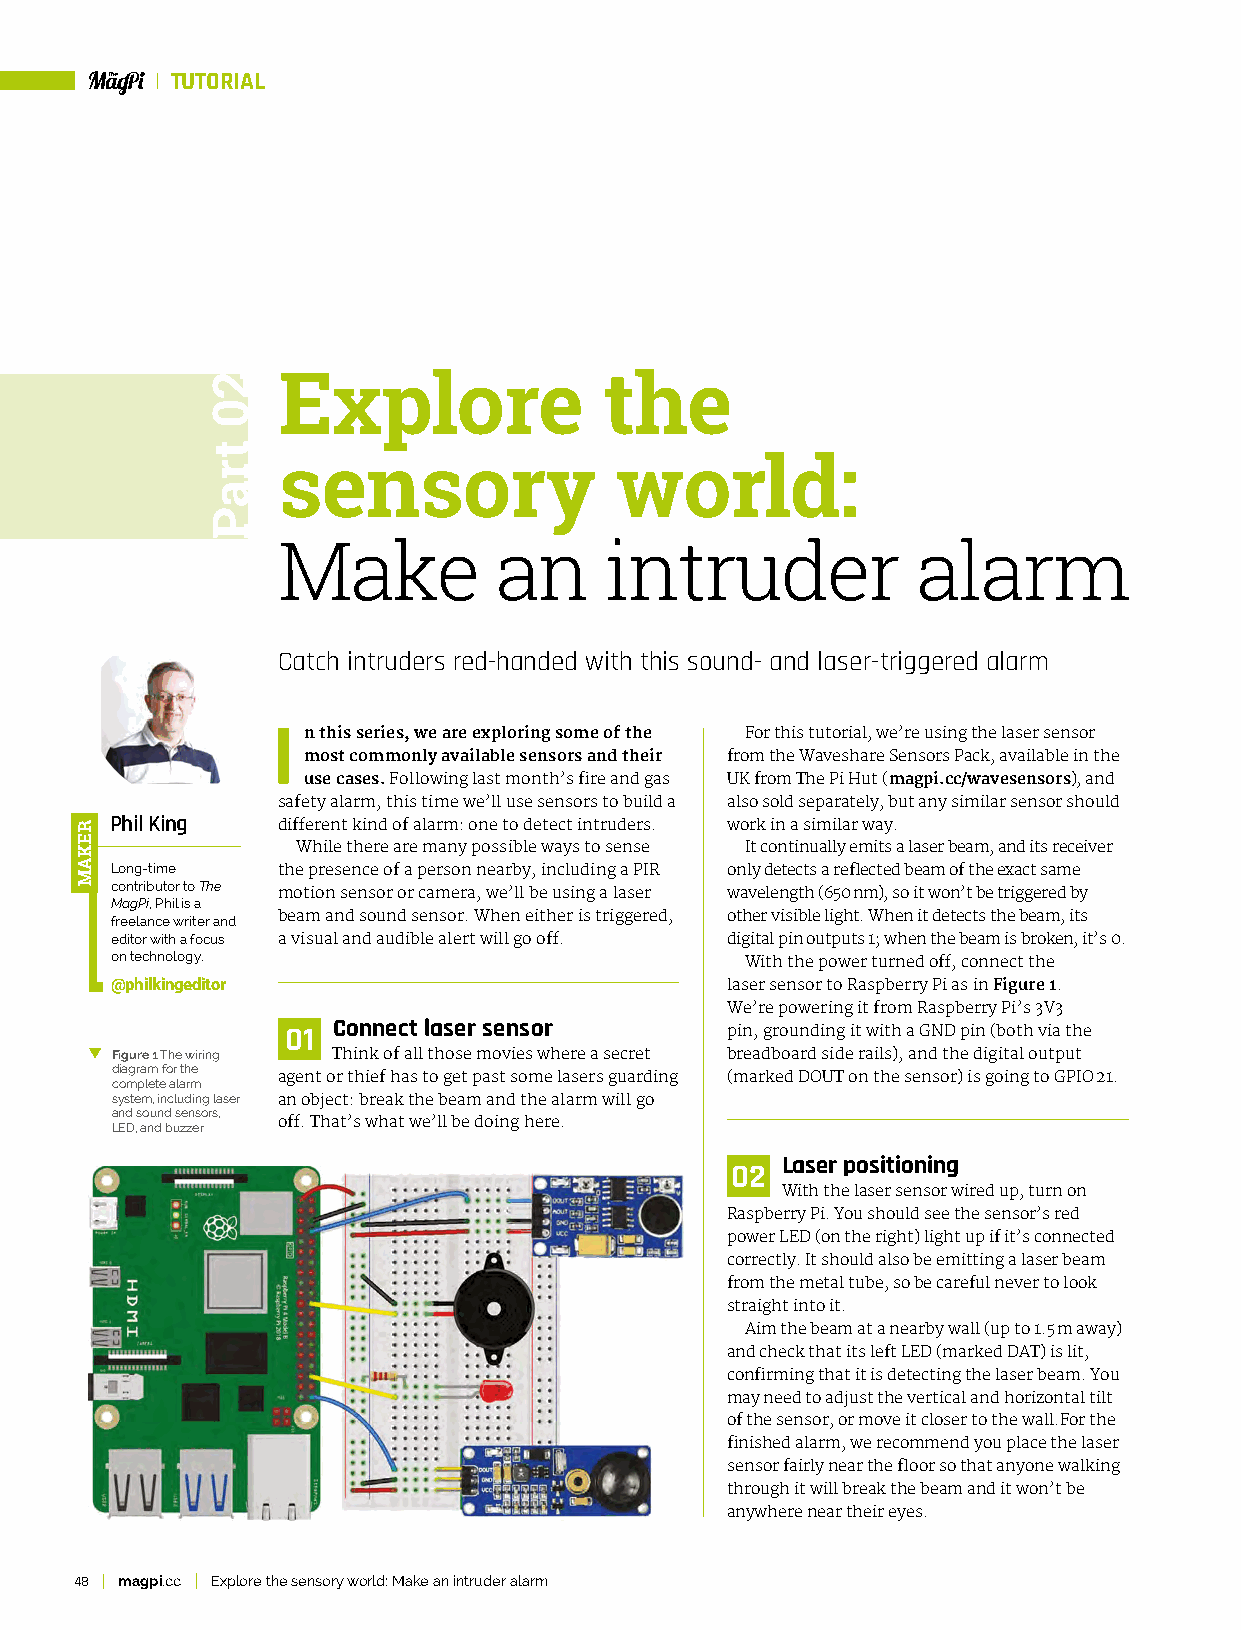
TUTORIAL
 Explore               the
 sensory                world:
 Make           an     intruder             alarm
 Catch intruders red-handed with this sound- and laser-triggered alarm
 I n this series, we are exploring some of the For this tutorial, we’re using the laser sensor
 most commonly available sensors and their from the Waveshare Sensors Pack, available in the
 use cases. Following last month’s fire and gas UK from The Pi Hut (magpi.cc/wavesensors), and
 safety alarm, this time we’ll use sensors to build a also sold separately, but any similar sensor should
 Phil King  different kind of alarm: one to detect intruders. work in a similar way.
 While there are many possible ways to sense It continually emits a laser beam, and its receiver
 Long-time  the presence of a person nearby, including a PIR only detects a reflected beam of the exact same
 contributor to The
 motion sensor or camera, we’ll be using a laser wavelength (650 nm), so it won’t be triggered by
 MagPi, Phil is a
 freelance writer and beam and sound sensor. When either is triggered, other visible light. When it detects the beam, its
 editor with a focus a visual and audible alert will go off. digital pin outputs 1; when the beam is broken, it’s 0.
 on technology.                            With the power turned off, connect the
 @philkingeditor                          laser sensor to Raspberry Pi as in Figure 1.
 We’re powering it from Raspberry Pi’s 3V3
 01 Connect laser sensor      pin, grounding it with a GND pin (both via the
 Figure 1 The wiring Think of all those movies where a secret breadboard side rails), and the digital output
 diagram for the
 agent or thief has to get past some lasers guarding (marked DOUT on the sensor) is going to GPIO 21.
 complete alarm
 system, including laser an object: break the beam and the alarm will go
 and sound sensors,
 LED, and buzzer off. That’s what we’ll be doing here.
 Laser positioning
 02
 With the laser sensor wired up, turn on
 Raspberry Pi. You should see the sensor’s red
 power LED (on the right) light up if it’s connected
 correctly. It should also be emitting a laser beam
 from the metal tube, so be careful never to look
 straight into it.
 Aim the beam at a nearby wall (up to 1.5 m away)
 and check that its left LED (marked DAT) is lit,
 confirming that it is detecting the laser beam. You
 may need to adjust the vertical and horizontal tilt
 of the sensor, or move it closer to the wall.For the
 finished alarm, we recommend you place the laser
 sensor fairly near the floor so that anyone walking
 through it will break the beam and it won’t be
 anywhere near their eyes.
 48 magpi.cc Explore the sensory world: Make an intruder alarm
 REKAM
 20
 traP